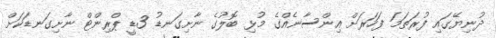
ދުނިޔޭގައި ފުރަތަމަ ފަހަރަށް އިންސާނެއްގެ މުޅި ބޮލުގެ ނާށިގަނޑު 3ޑީ ޕްރިންޓް ނާށިގަނޑަކަށް